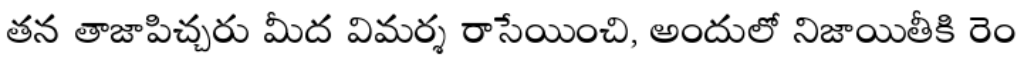
తన తాజాపిచ్చరు మీద విమర్శ రాసేయించి, అందులో నిజాయితీకి రెం